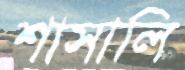
শাসালি